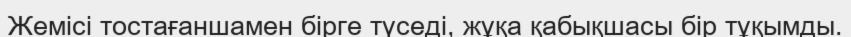
Жемісі тостағаншамен бірге түседі, жұқа қабықшасы бір тұқымды.